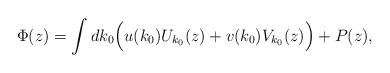
LaTeX: \begin{align*}\Phi(z)=\int dk_0\Bigl(u(k_0)U_{k_0}(z)+v(k_0)V_{k_0}(z)\Bigr)+P(z), \end{align*}